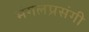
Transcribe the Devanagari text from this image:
मंगलप्रसंगी